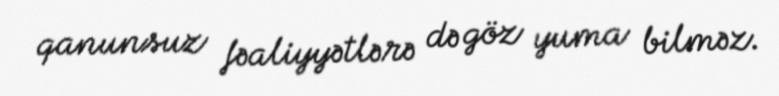
qanunsuz fəaliyyətlərə də göz yuma bilməz.